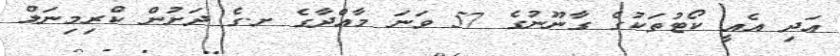
އަދި އެއީ ކޯޓުތަކުގެ ގާނޫނުގެ 57 ވަނަ މާއްދާގެ ށ.ގެ ދަށުން ކްރިމިނަލް